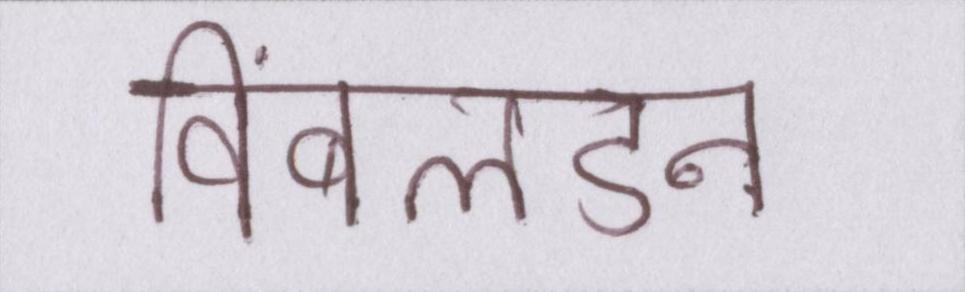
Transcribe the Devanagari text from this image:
विंबलडन